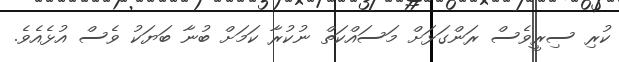
ކުރި ސިރީވެސް ރަންގަޅަށް މަސައްކަތް ނުކުރާ ކަމަށް ބުނާ ބަޔަކު ވެސް އުޅެއެވެ.